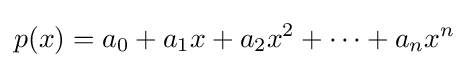
p(x)=a_{0}+a_{1}x+a_{2}x^{2}+\dots +a_{n}x^{n}